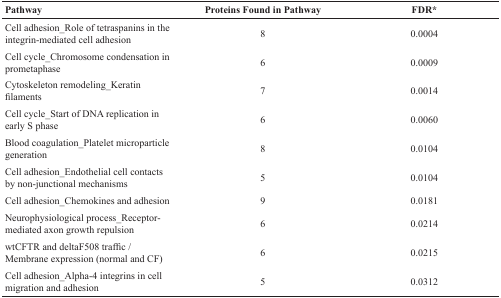
<table><thead><tr><td><b>Pathway</b></td><td><b>Proteins Found in Pathway</b></td><td><b>FDR*</b></td></tr></thead><tbody><tr><td>Cell adhesion_Role of tetraspanins in the integrin-mediated cell adhesion</td><td>8</td><td>0.0004</td></tr><tr><td>Cell cycle_Chromosome condensation in prometaphase</td><td>6</td><td>0.0009</td></tr><tr><td>Cytoskeleton remodeling_Keratin filaments</td><td>7</td><td>0.0014</td></tr><tr><td>Cell cycle_Start of DNA replication in early S phase</td><td>6</td><td>0.0060</td></tr><tr><td>Blood coagulation_Platelet microparticle generation</td><td>8</td><td>0.0104</td></tr><tr><td>Cell adhesion_Endothelial cell contacts by non-junctional mechanisms</td><td>5</td><td>0.0104</td></tr><tr><td>Cell adhesion_Chemokines and adhesion</td><td>9</td><td>0.0181</td></tr><tr><td>Neurophysiological process_Receptor-mediated axon growth repulsion</td><td>6</td><td>0.0214</td></tr><tr><td>wtCFTR and deltaF508 traffic/Membrane expression (normal and CF)</td><td>6</td><td>0.0215</td></tr><tr><td>Cell adhesion_Alpha-4 integrins in cell migration and adhesion</td><td>5</td><td>0.0312</td></tr></tbody></table>